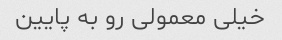
خیلی معمولی رو به پایین